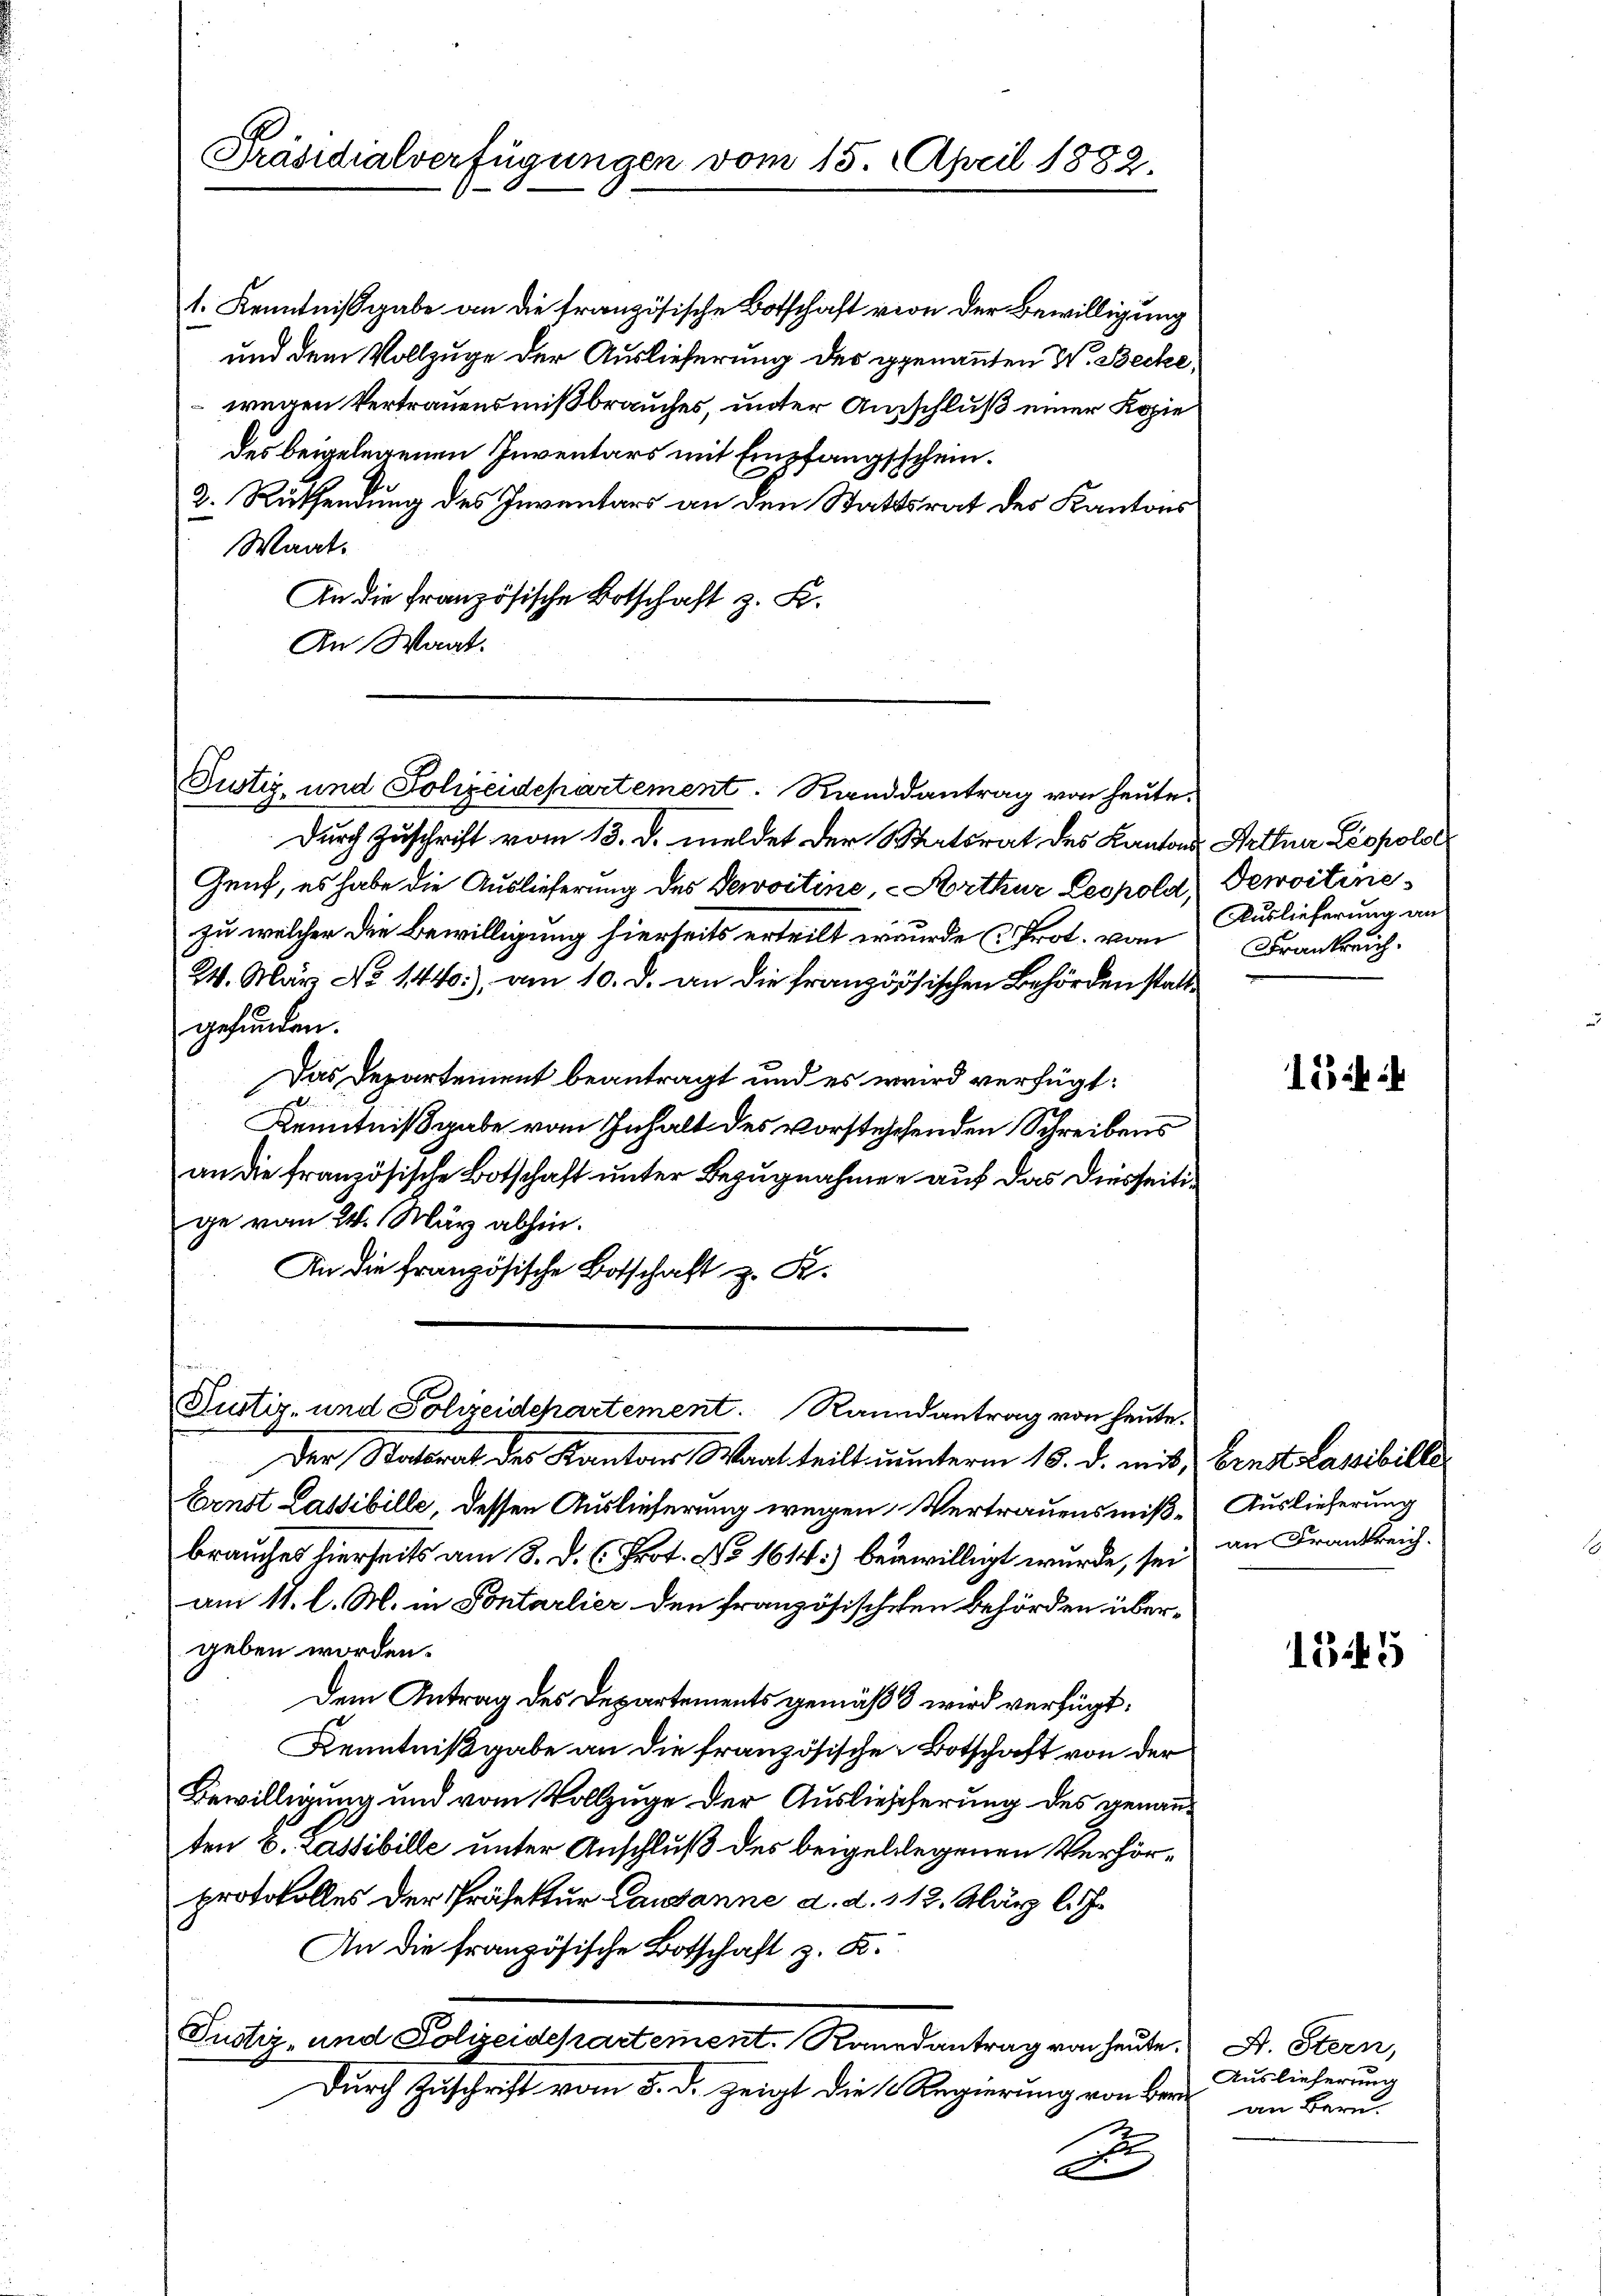
Präsidialverfügungen vom 15. April 1882.

1. Kenntnißgabe an die französische Botschaft von der Bewilligung
und dem Vollzuge der Auslieferung des genannten W. Becke,
wegen Vertrauensmißbrauches, unter Ausschluß einer Kopie
des beigelegenen Inventars mit Empfangsschein.
2. Ruthendung des Inventars an den Stattsrat des Kantons
Waat.
An die französische Botschaft z. B.
An Wagt.

Justiz- und Polizeidepartement. Randdantrag von heute.

Durch Zuschrift vom 13. d. meldet der Staatsrat des Kantons Arthner Leopolo
Genf, es habe die Auslieferung des Servitine, Arthur, Leopold,
zu welcher die Bewilligung hierseits erteilt wurde (Prot. von
24. März No 1440:), am 10. d. an die französischen Behörden stattgefunden.
Das Departement beantragt und es wird verfügt:
.
Kenntnißgabe vom Inhalt des vorstehehenden Schreibens
an die französische Botschaft unter Bezugnahmen auf das Diesseitige vom 24. März abhin.
An die französische Botschaft z. K.

n
Justiz- und Polizeidepartement. Raundantrag von Hein
Der Statorat des Kantons Staat teilt unterm 15. d. mit Ernst lassibille

te.

Dewoitine
Auslieferung an
Frankreich.

Ernst Lassibille, dessen Auslieferung wegen Vertrauensmiß- Auslieferung
brauches hierseits am 8. d. C. Prot. No 1614) beiwilligt wurde, sei an Frankreicham 11. l. M. in Sontarlier den französischehen Behörden übergeben worden.
Dem Antrag des Departements gemäß 3 wird verfügt:
Kenntnißgabe an die französische Botschaft von der
Bewilligung und vom Vollzuge der Ausliescherung des genannten 6. Kassibille unter Anschluß des beigelegenen Verhörprotokolles der Präfektur Causanne d. d. 112. März l. J.
An die französische Botschaft z. K.
Justiz- und Polizeidepartement. Randantrag von heute. A. Stern,
Durch Zuschrift vom 5. d. zeigt die Regierung von Ber
A

154

1545

Auslieferung
an Bern.